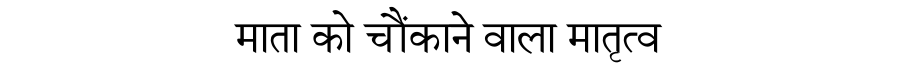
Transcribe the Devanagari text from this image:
माता को चौंकाने वाला मातृत्व